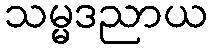
သမ္မဒညာယ